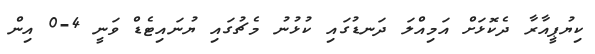
ކިޔުޕީއާރާ ދެކޮޅަށް އަމިއްލަ ދަނޑުގައި ކުޅުނު މެޗުގައި ޔުނައިޓެޑް ވަނީ 4-0 އިން